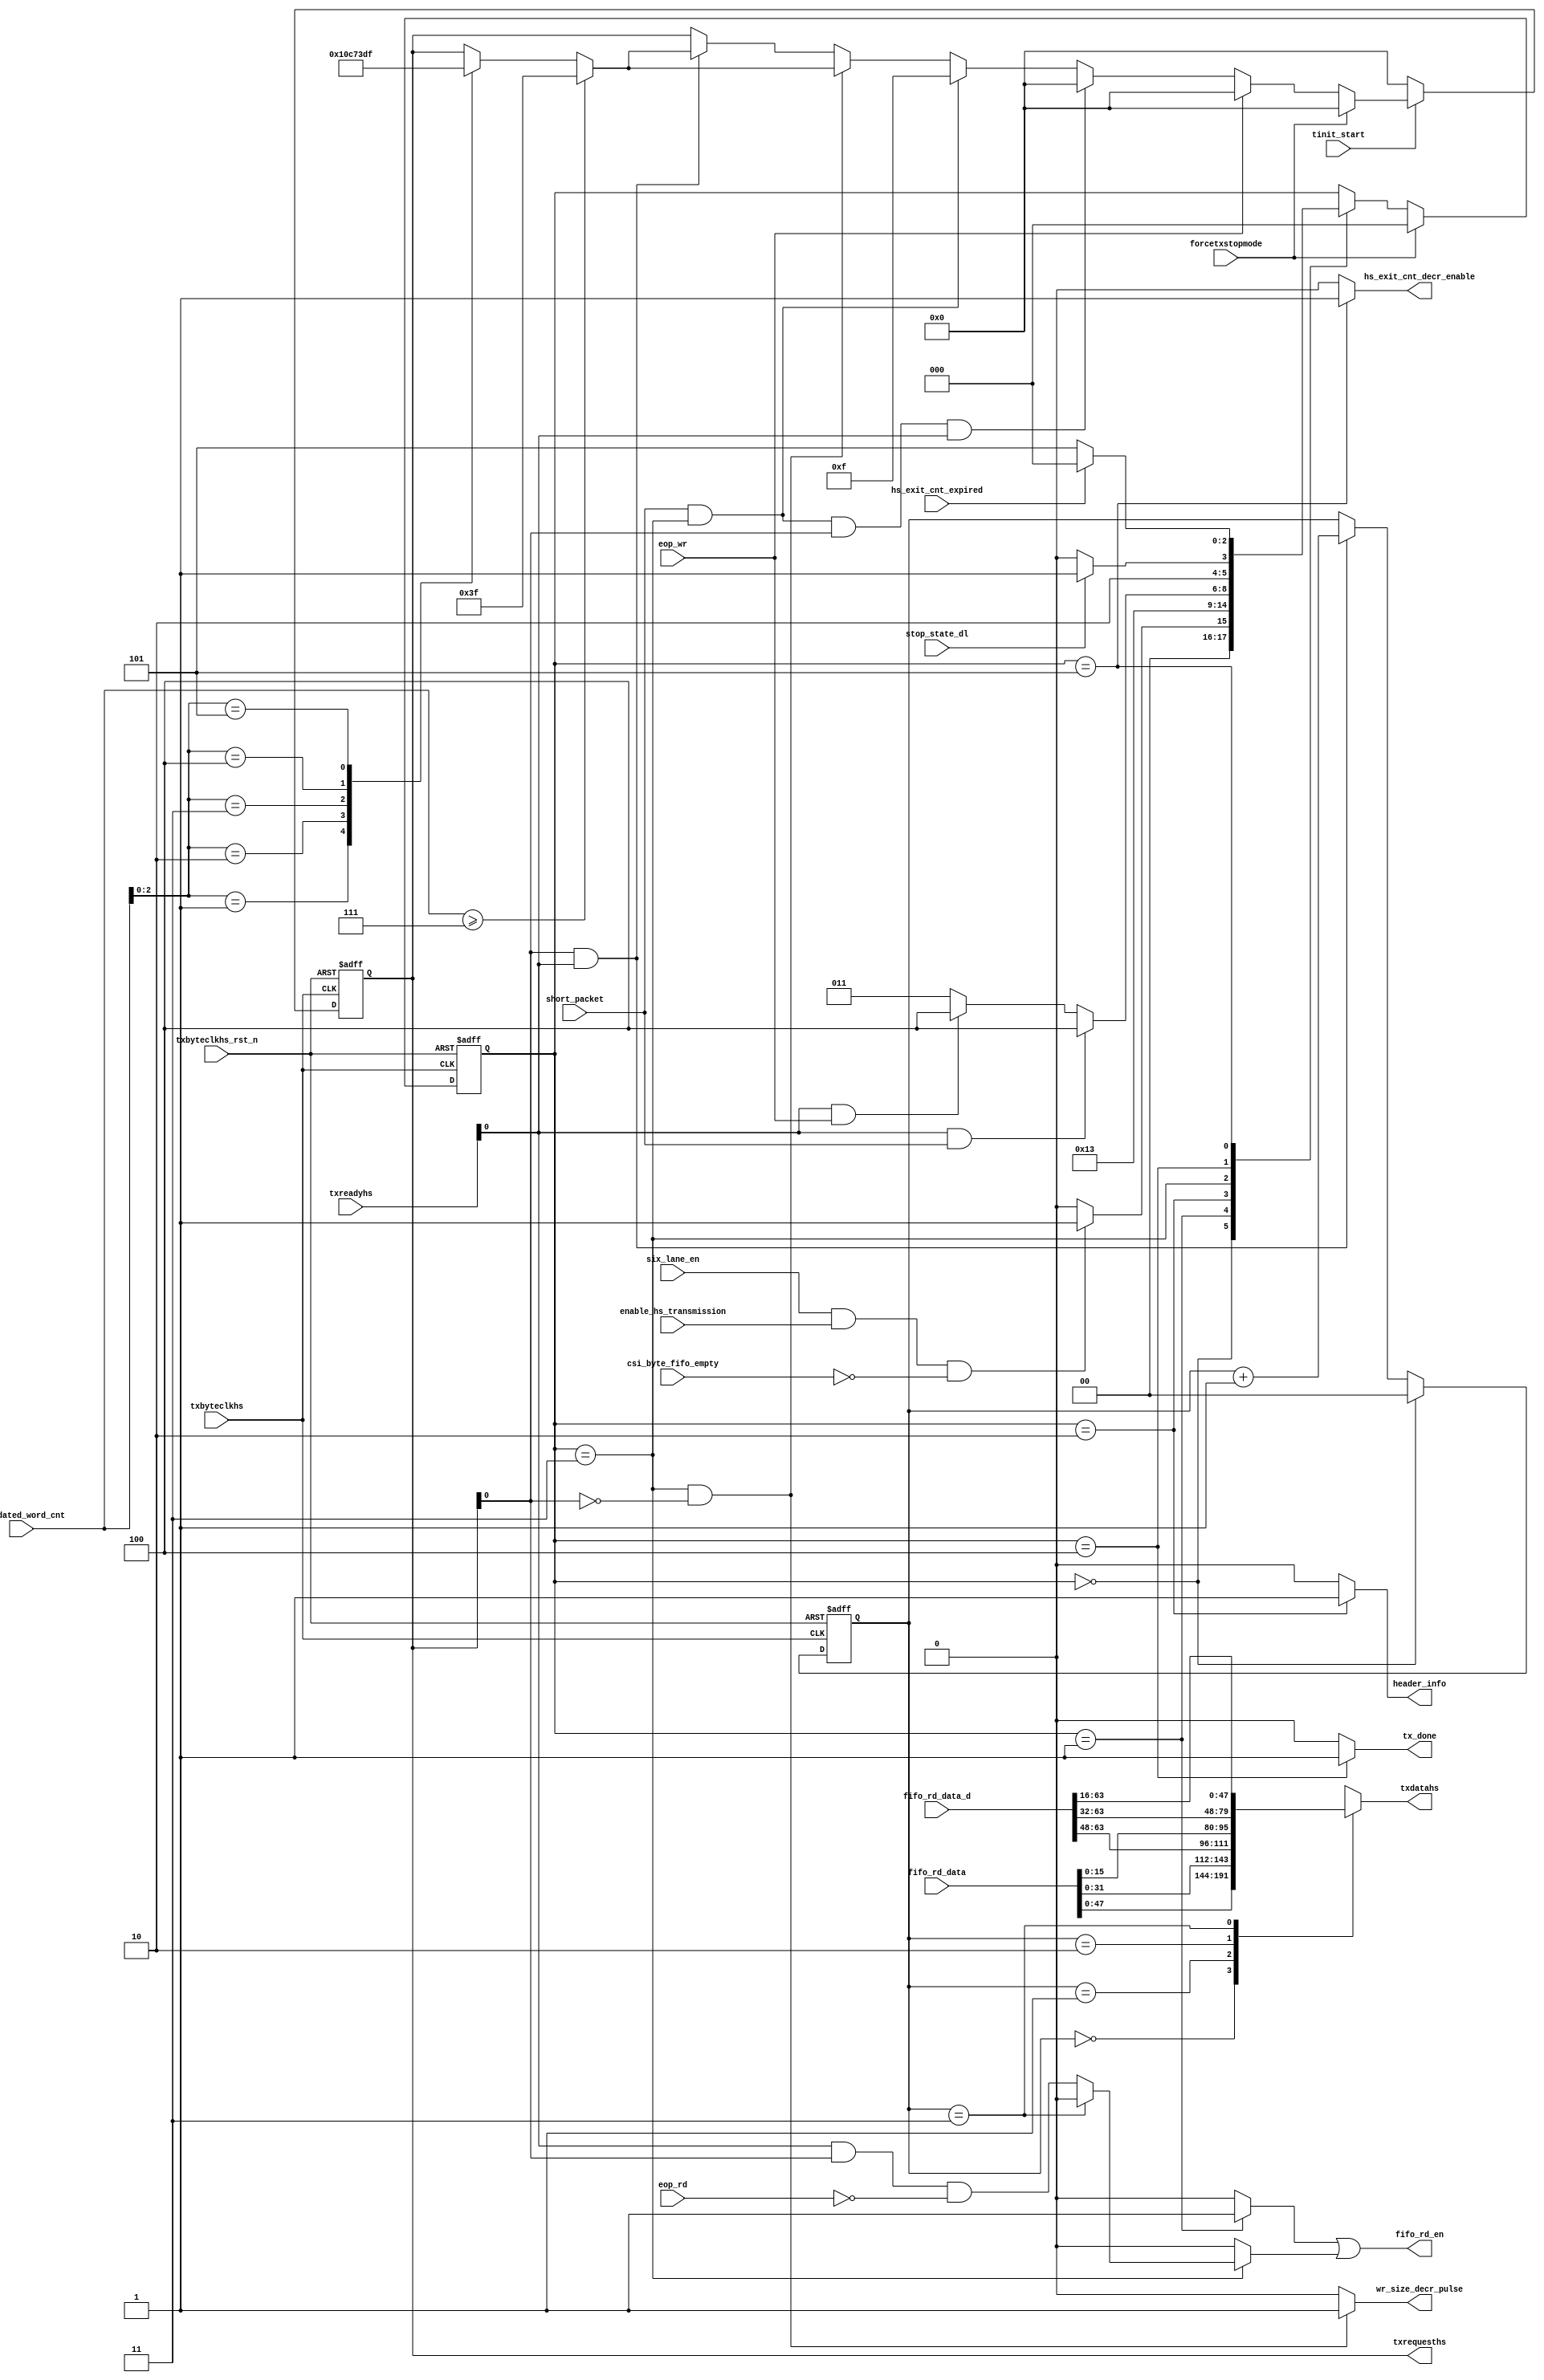
module csi2tx_six_lane_ldl 
(
 input  wire        txbyteclkhs                ,
 input  wire        txbyteclkhs_rst_n          ,
 input  wire        tinit_start                ,
 input  wire        six_lane_en                ,
 input  wire        csi_byte_fifo_empty        ,  
 input  wire        enable_hs_transmission     ,
 input  wire        short_packet               ,
 input  wire        forcetxstopmode            ,
 input  wire        eop_wr                     ,
 input  wire        eop_rd                     ,
 input  wire [7:0]  txreadyhs                  ,   
 input  wire        hs_exit_cnt_expired        ,
 input  wire        stop_state_dl              ,   
 input  wire [16:0] validated_word_cnt         ,
 input  wire [63:0] fifo_rd_data               ,
 input  wire [63:0] fifo_rd_data_d             ,
 output wire        wr_size_decr_pulse         ,
 output wire        fifo_rd_en                 ,
 output wire [47:0] txdatahs                   ,
 output wire [5:0]  txrequesths                ,
 output wire        hs_exit_cnt_decr_enable    ,
 output wire        header_info                ,
 output wire        tx_done 
);

parameter IDLE                = 3'b000;
parameter RD_HDR              = 3'b001;
parameter DLY                 = 3'b010;
parameter REQ_HS              = 3'b011;
parameter STOP_STATE          = 3'b100;
parameter HS_EXIT             = 3'b101;
reg [2:0] cur_state                ;
wire      fifo_hdr_read_c          ;
reg [5:0]  txrequesths_r           ;
reg [47:0] txdatahs_s              ;
reg [1:0]  data_mux_cnt_r          ;
reg        fifo_read_on_hready_s   ;
//------------------------------------------------------------------------------
// Internal signal declaration
// 5 Continuous read + 2 -dips
always@(posedge txbyteclkhs or negedge txbyteclkhs_rst_n) begin
 if (txbyteclkhs_rst_n == 1'b0)
  cur_state <= IDLE;
 else if (forcetxstopmode == 1'b1)
  cur_state <= IDLE;
 else
  case(cur_state)
   IDLE : begin
    if ((six_lane_en == 1'b1) && (enable_hs_transmission == 1'b1) && (csi_byte_fifo_empty == 1'b0))
     cur_state <= RD_HDR;
    else
     cur_state <= IDLE;
   end 
   RD_HDR : begin
    cur_state <= DLY;
   end
   DLY : begin
    cur_state <= REQ_HS;
   end
   REQ_HS : begin
    if ((txreadyhs[0] == 1'b1) && (short_packet == 1'b1))
     cur_state <= STOP_STATE;
    else if ((txreadyhs[0] == 1'b1) && (eop_wr == 1'b1))
     cur_state <= STOP_STATE;
    else
     cur_state <= REQ_HS;     
   end
   STOP_STATE : begin
    if (stop_state_dl == 1'b1)
     cur_state <= HS_EXIT;
    else
     cur_state <= STOP_STATE;
   end
   HS_EXIT : begin
    if (hs_exit_cnt_expired == 1'b1)
     cur_state <= IDLE;
    else
     cur_state <= HS_EXIT;
   end        
  endcase
end

assign hs_exit_cnt_decr_enable = (cur_state == HS_EXIT) ? 1'b1 : 1'b0;
assign fifo_hdr_read_c         = (cur_state == RD_HDR) ? 1'b1 : 1'b0;
assign header_info             = (cur_state == DLY) ? 1'b1 : 1'b0;

//------------------------------------------------------------------------------
always@(posedge txbyteclkhs or negedge txbyteclkhs_rst_n) begin
 if (txbyteclkhs_rst_n == 1'b0)
  data_mux_cnt_r <= 2'b0;
 else if (cur_state == IDLE)
  data_mux_cnt_r <= 2'b0;
 else if ((txreadyhs[0] == 1'b1) && (txrequesths[0] == 1'b1))
  data_mux_cnt_r <= data_mux_cnt_r + 1'b1; 
end

//------------------------------------------------------------------------------
// This logic control the read enable to FIFO. As it is 5-lane distrubution
// there will be enough data to give out DPHY. The FIFO is read 5-clock
// continuously and de-asserted for 2-clock before resumming
always@(*) begin
 if (cur_state == REQ_HS)
  if (data_mux_cnt_r == 2'b11)
   fifo_read_on_hready_s = 1'b0;
  else
   fifo_read_on_hready_s = (txreadyhs[0] & txrequesths[0] & !eop_rd);
 else
  fifo_read_on_hready_s = 1'b0;
end

assign fifo_rd_en              = (fifo_hdr_read_c | fifo_read_on_hready_s); 
assign wr_size_decr_pulse      = ((cur_state == REQ_HS) && (txrequesths_r[0] == 1'b0)) ? 1'b1 : 1'b0;
assign tx_done                 = (cur_state == STOP_STATE) ? 1'b1 : 1'b0;
//------------------------------------------------------------------------------
// Request HS generation
always@(posedge txbyteclkhs or negedge txbyteclkhs_rst_n) begin
 if (txbyteclkhs_rst_n == 1'b0)
  txrequesths_r <= 6'b00_0000;
 else if (tinit_start == 1'b0)
  txrequesths_r <= 6'b00_0000;
 else if (forcetxstopmode == 1'b1)
  txrequesths_r <= 6'b00_0000;
 else if (eop_wr == 1'b1)
  txrequesths_r <= 6'b00_0000;
 else if ((short_packet == 1'b1) && (cur_state == REQ_HS) && (txrequesths[0] == 1'b1) && (txreadyhs[0] == 1'b1))
   txrequesths_r <= 6'b00_0000;
 else if ((short_packet == 1'b1) && (cur_state == REQ_HS))
  txrequesths_r <= 6'b00_1111;
 else if ((cur_state == REQ_HS) && (txrequesths_r[0] == 1'b0))
  if (validated_word_cnt >= 17'h7)
   txrequesths_r <= 6'b11_1111;
  else
   case(validated_word_cnt[2:0])
    3'b001 : txrequesths_r <= 6'b00_0001;
    3'b010 : txrequesths_r <= 6'b00_0011;
    3'b011 : txrequesths_r <= 6'b00_0111;
    3'b100 : txrequesths_r <= 6'b00_1111;
    3'b101 : txrequesths_r <= 6'b01_1111;
   endcase 
  else if ((txrequesths_r[0] == 1'b1) && (txreadyhs[0] == 1'b1))
  if (validated_word_cnt >= 17'h7)
   txrequesths_r <= 6'b11_1111;
  else
   case(validated_word_cnt[2:0])
    3'b001 : txrequesths_r <= 6'b00_0001;
    3'b010 : txrequesths_r <= 6'b00_0011;
    3'b011 : txrequesths_r <= 6'b00_0111;
    3'b100 : txrequesths_r <= 6'b00_1111;
    3'b101 : txrequesths_r <= 6'b01_1111;
   endcase 
end

always@(*) begin
 case(data_mux_cnt_r)
  2'b00  : txdatahs_s = fifo_rd_data[47:0];
  2'b01  : txdatahs_s = {fifo_rd_data[31:0], fifo_rd_data_d[63:48]};
  2'b10  : txdatahs_s = {fifo_rd_data[15:0],fifo_rd_data_d[63:32]};
  2'b11  : txdatahs_s = fifo_rd_data_d[63:16];
  default : txdatahs_s = fifo_rd_data[47:0];
 endcase
end

assign txrequesths = txrequesths_r;
assign txdatahs = txdatahs_s;

endmodule